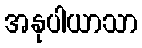
အနုပါယာသာ